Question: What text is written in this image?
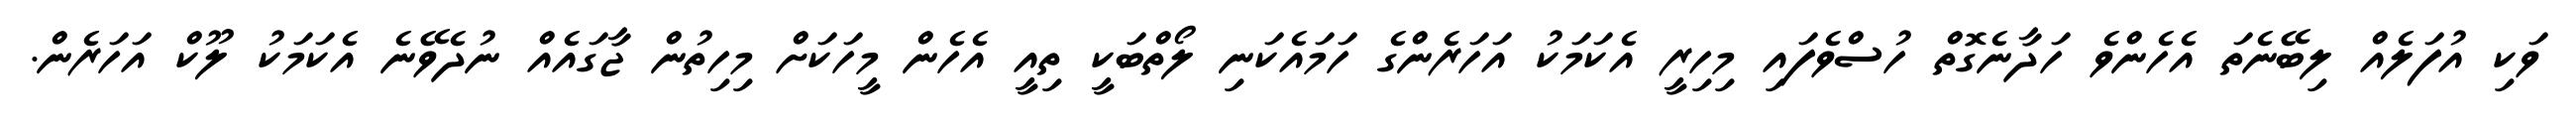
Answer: ވަކި އުފަލެއް ލިބޭނެތަ އެހެންވެ ހަދާނެގޮތް ހުސްވެފައި މިހިރީ އެކަމަކު އަހަރެންގެ ހަމައެކަނި ލޯތްބަކީ ތިއީ އެހެން މީހަކަށް މިހިތުން ޖާގައެއް ނުދެވޭނެ އެކަމަކު ލޫކް އަހަރެން.